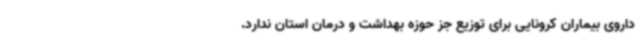
داروی بیماران کرونایی برای توزیع جز حوزه بهداشت و درمان استان ندارد.